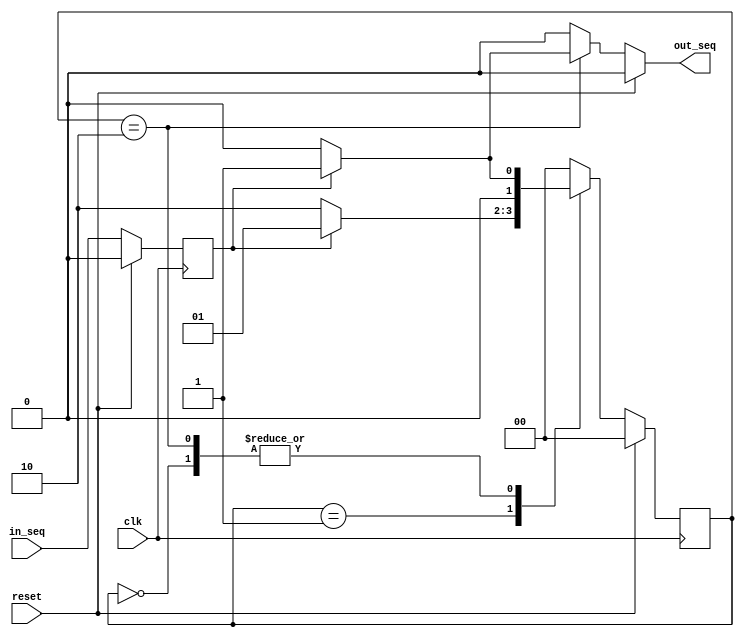
module mealy_fsm(reset,clk,in_seq,out_seq);
input reset;
input clk;
input in_seq;
output out_seq;
reg out_seq;
reg in_seq_reg;
parameter SIZE = 2;
parameter S0 = 2'b00, S1 = 2'b01, S2 = 2'b10;
reg [SIZE-1:0] state;
reg [SIZE-1:0] next_state; 
always @ (posedge clk)
begin : REG_INPUT
	if (reset == 1'b1)
	  in_seq_reg <= 1'b0;
	else
	  in_seq_reg <= in_seq;
end
always @ (state or in_seq_reg )
begin : FSM_COMBO
	next_state = 2'b00;
	if (reset == 1'b1)
	  out_seq <= 1'b0;
	else begin
	  case(state)
	   S0 : if (in_seq_reg == 1'b0) begin
		 next_state = S0;
		 out_seq <= 1'b0;
		end
		else begin
		  next_state = S1;
		  out_seq <= 1'b0;
		end
	   S1 : if (in_seq_reg == 1'b0) begin
		  next_state = S2;
		  out_seq <= 1'b0;
		end
		else begin
		  next_state = S1;
		  out_seq <= 1'b0;
		end
	   S2 : if (in_seq_reg == 1'b0) begin
		  next_state = S0;
		  out_seq <= 1'b0;
		end
		else begin
		  next_state = S1;
		  out_seq <= 1'b1;
		end
	   default : begin
		  next_state = S0;
		  out_seq <= 1'b0;
		end
	   endcase
	end //else end
end // end always
always @ (posedge clk)
begin : FSM_SEQ
	if (reset == 1'b1)
	  state <= S0;
	else
	  state <=  next_state;
end
endmodule